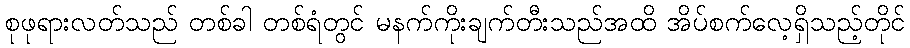
စုဖုရားလတ်သည် တစ်ခါ တစ်ရံတွင် မနက်ကိုးချက်တီးသည်အထိ အိပ်စက်လေ့ရှိသည့်တိုင်